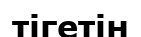
тігетін